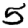
Digit: 5